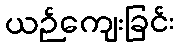
ယဉ်ကျေးခြင်း